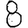
Digit: 8